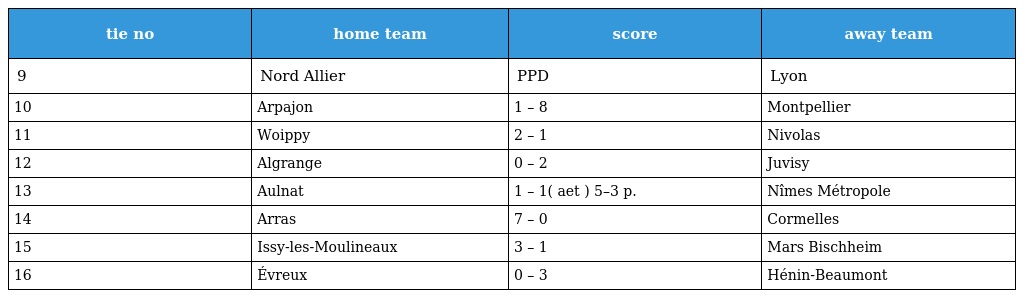
| tie no | home team | score | away team |
 | --- | --- | --- | --- |
 | 9 | Nord Allier | PPD | Lyon |
 | 10 | Arpajon | 1 – 8 | Montpellier |
 | 11 | Woippy | 2 – 1 | Nivolas |
 | 12 | Algrange | 0 – 2 | Juvisy |
 | 13 | Aulnat | 1 – 1( aet ) 5–3 p. | Nîmes Métropole |
 | 14 | Arras | 7 – 0 | Cormelles |
 | 15 | Issy-les-Moulineaux | 3 – 1 | Mars Bischheim |
 | 16 | Évreux | 0 – 3 | Hénin-Beaumont |